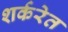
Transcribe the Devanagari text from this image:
शर्करेत